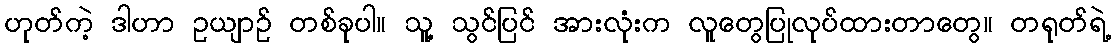
ဟုတ်ကဲ့ ဒါဟာ ဥယျာဉ် တစ်ခုပါ။ သူ့ သွင်ပြင် အားလုံးက လူတွေပြုလုပ်ထားတာတွေ။ တရုတ်ရဲ့